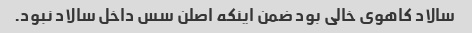
سالاد کاهوی خالی بود ضمن اینکه اصلن سس داخل سالاد نبود.